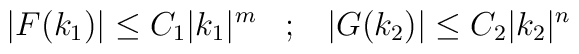
|F(k_1)|\leq C_1|k_1|^m\;\;\;;\;\;\;|G(k_2)|\leq C_2|k_2|^n